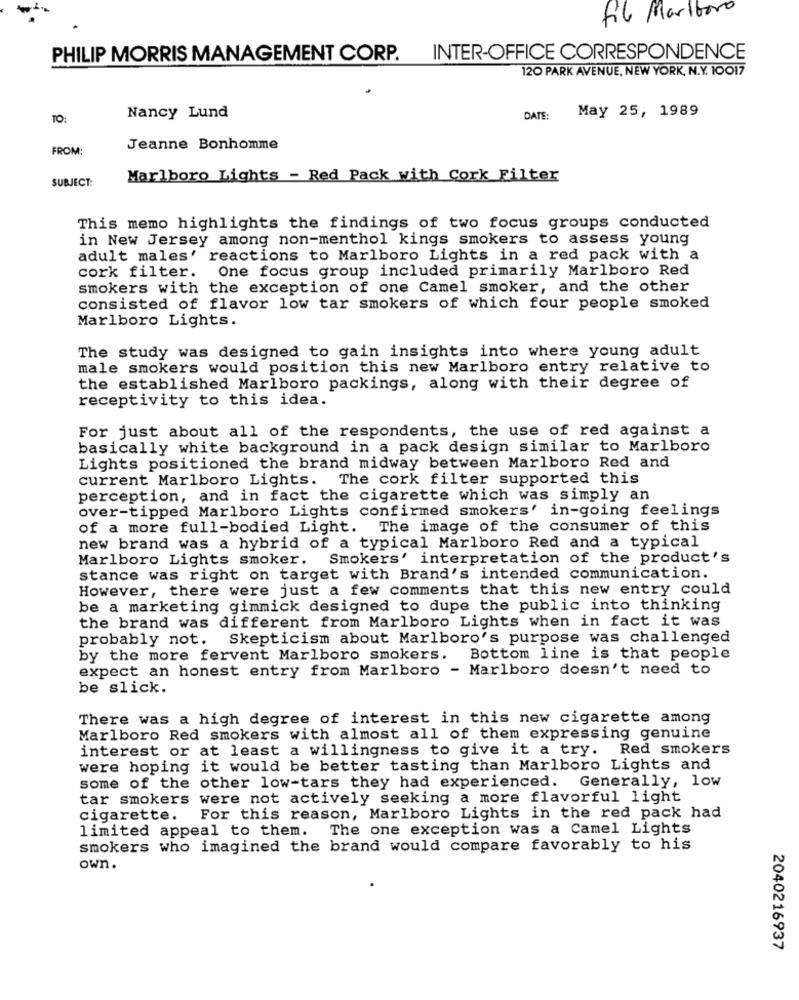
file Marlboro
PHILIP MORRIS MANAGEMENT CORP.
INTER-OFFICE CORRESPONDENCE
120 PARK AVENUE, NEW YORK, N.Y. 10017
May 25, 1989
TO:
Nancy Lund
DATE:
FROM:
Jeanne Bonhomme
SUBJECT:
Marlboro Lights - Red Pack with Cork Filter
This memo highlights the findings of two focus groups conducted
in New Jersey among non-menthol kings smokers to assess young
adult males' reactions to Marlboro Lights in a red pack with a
One focus group included primarily Marlboro Red
cork filter.
smokers with the exception of one Camel smoker, and the other
consisted of flavor low tar smokers of which four people smoked
Marlboro Lights.
The study was designed to gain insights into where young adult
male smokers would position this new Marlboro entry relative to
the established Marlboro packings, along with their degree of
receptivity to this idea.
For just about all of the respondents, the use of red against a
basically white background in a pack design similar to Marlboro
Lights positioned the brand midway between Marlboro Red and
current Marlboro Lights. The cork filter supported this
perception, and in fact the cigarette which was simply an
over-tipped Marlboro Lights confirmed smokers' in-going feelings
of a more full-bodied Light. The image of the consumer of this
new brand was a hybrid of a typical Marlboro Red and a typical
Marlboro Lights smoker. Smokers' interpretation of the product's
stance was right on target with Brand's intended communication.
However, there were just a few comments that this new entry could
be a marketing gimmick designed to dupe the public into thinking
the brand was different from Marlboro Lights when in fact it was
probably not. Skepticism about Marlboro's purpose was challenged
by the more fervent Marlboro smokers. Bottom line is that people
expect an honest entry from Marlboro - Marlboro doesn't need to
be slick.
There was a high degree of interest in this new cigarette among
Marlboro Red smokers with almost all of them expressing genuine
interest or at least a willingness to give it a try. Red smokers
were hoping it would be better tasting than Marlboro Lights and
some of the other low-tars they had experienced. Generally, low
tar smokers were not actively seeking a more flavorful light
cigarette.
For this reason, Marlboro Lights in the red pack had
limited appeal to them. The one exception was a Camel Lights
smokers who imagined the brand would compare favorably to his
own.
2040216937